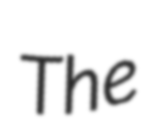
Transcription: The